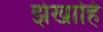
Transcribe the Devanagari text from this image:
झंखाहिं